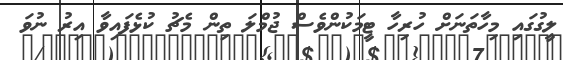
ލީގުގައި މިހާތަނަށް ހުރިހާ ޓީމަކުންވެސް ޖުމްލަ ތިން މެޗު ކުޅެފައިވާ އިރު ނުވަ